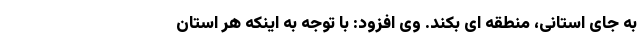
به جای استانی، منطقه ای بکند. وی افزود: با توجه به اینکه هر استان